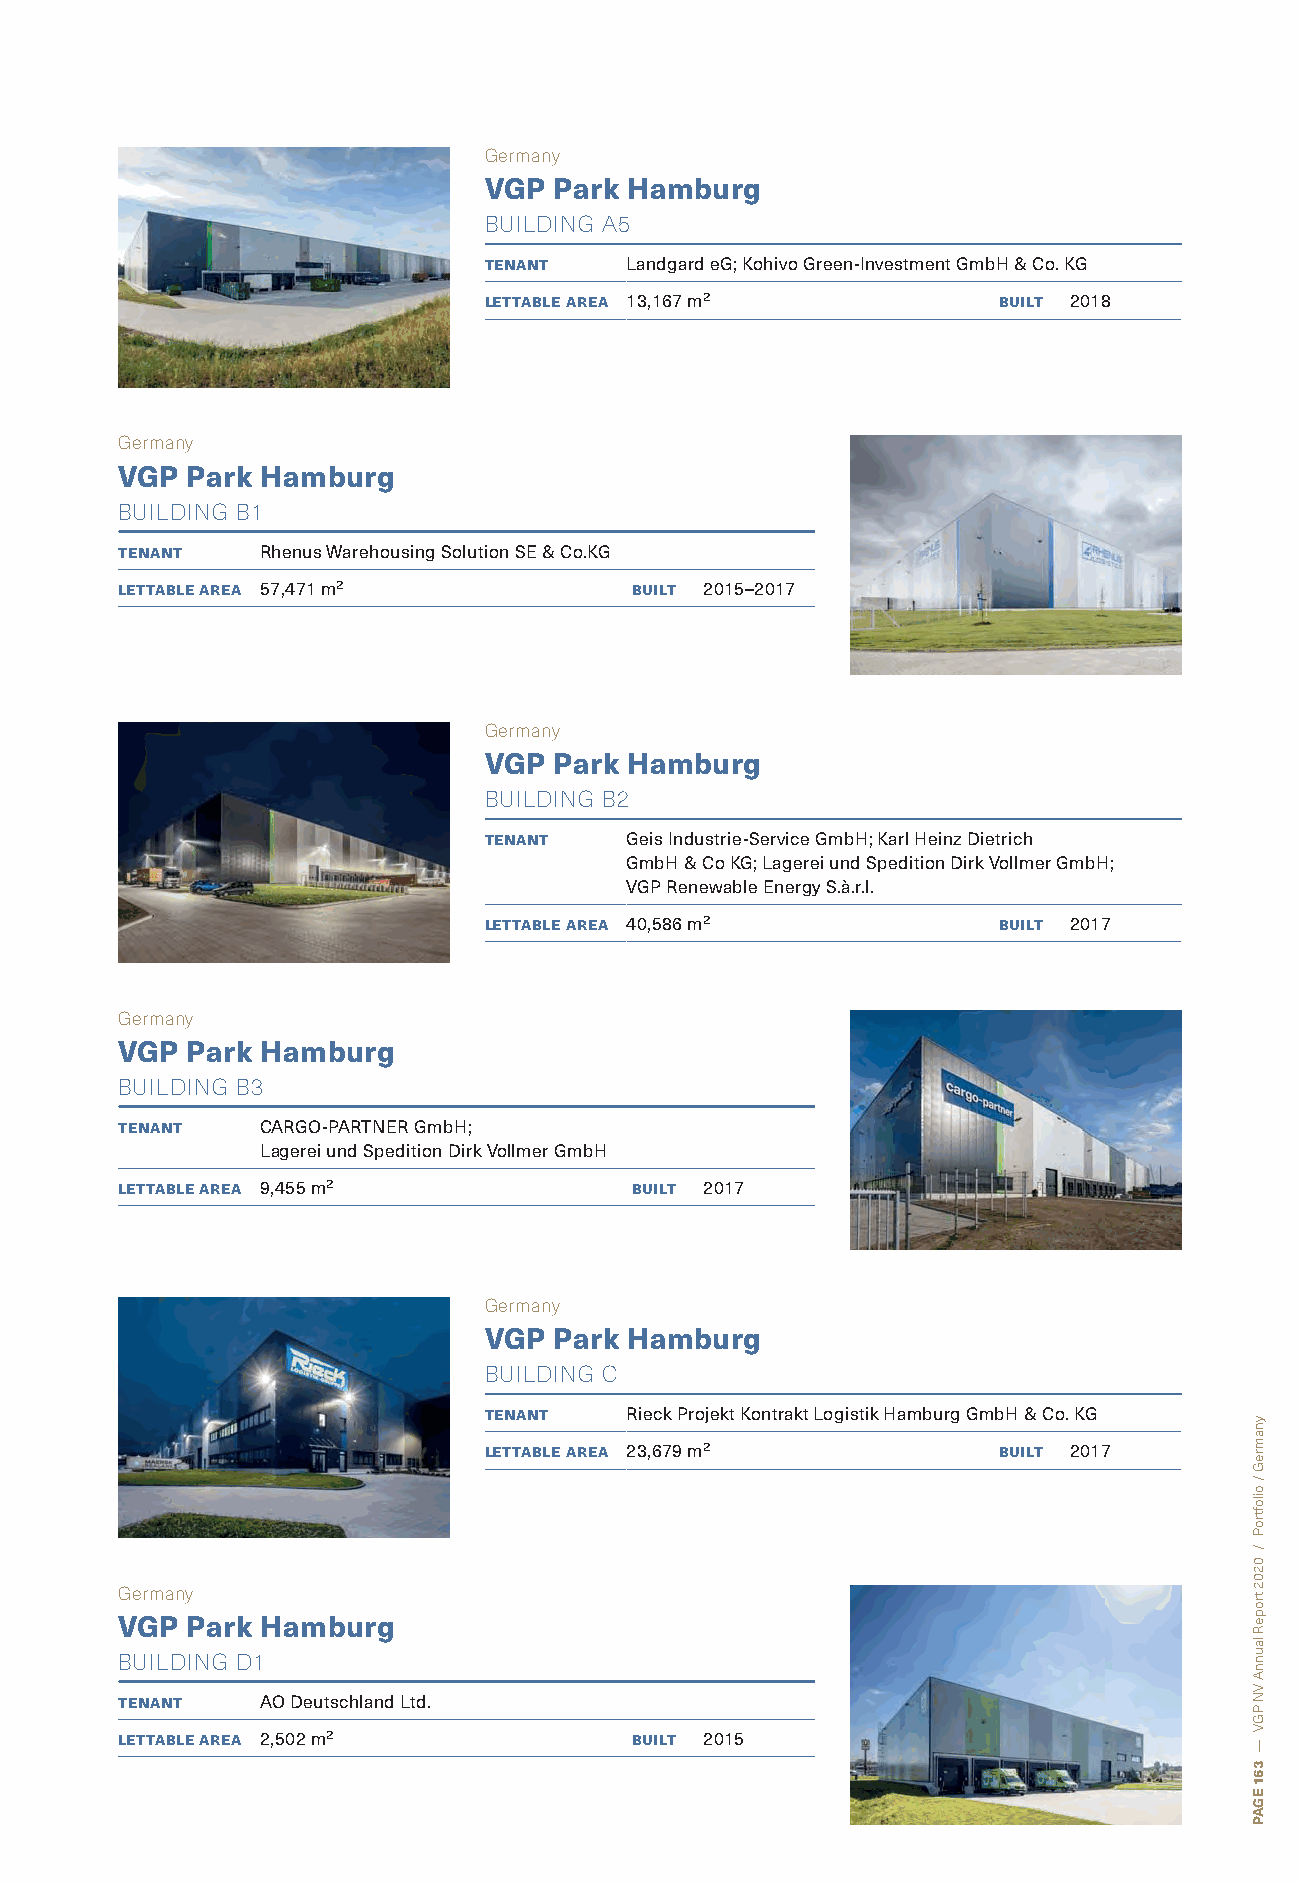
Germany
 VGP  Park Hamburg
 BUILDING A5
 tenant   Landgard eG; Kohivo Green-Investment GmbH & Co. KG
 lettable area 13,167 m²           built 2018
 Germany
 VGP Park Hamburg
 BUILDING B1
 tenant   Rhenus Warehousing Solution SE & Co.KG
 lettable area 57,471 m²           built 2015–2017
 Germany
 VGP  Park Hamburg
 BUILDING B2
 tenant   Geis Industrie-Service GmbH; Karl Heinz Dietrich
 GmbH & Co KG; Lagerei und Spedition Dirk Vollmer GmbH;
 VGP Renewable Energy S.à.r.l.
 lettable area 40,586 m²           built 2017
 Germany
 VGP Park Hamburg
 BUILDING B3
 tenant   CARGO-PARTNER GmbH;
 Lagerei und Spedition Dirk Vollmer GmbH
 lettable area 9,455 m²            built 2017
 Germany
 VGP  Park Hamburg
 BUILDING C
 tenant   Rieck Projekt Kontrakt Logistik Hamburg GmbH & Co. KG
 lettable area 23,679 m²           built 2017
 Germany
 VGP Park Hamburg
 BUILDING D1
 tenant   AO Deutschland Ltd.
 lettable area 2,502 m²            built 2015
 ynamreG
 /
 oiloftroP
 /
 0202
 tropeR
 launnA
 VN
 PGV
 —
 361
 EGAP